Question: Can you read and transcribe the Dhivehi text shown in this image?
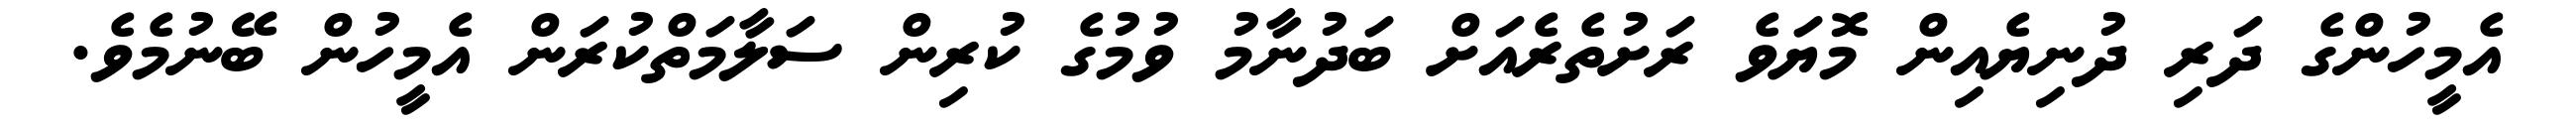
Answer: އެމީހުންގެ ދަރި ދުނިޔެއިން މޮޔަވެ ރަށުތެރެއަށް ބަދުނާމު ވުމުގެ ކުރިން ސަލާމަތްކުރަން އެމީހުން ބޭނުމެވެ.